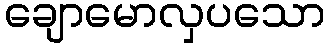
ချောမောလှပသော